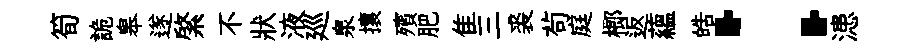
筍詭皋遂綮不狀液廵泉攘殯肥隹三裘茍庭榔返藴皓：漶